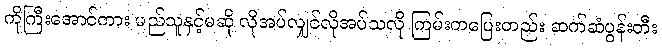
ကိုကြီးအောင်ကား မည်သူနှင့်မဆို လိုအပ်လျှင်လိုအပ်သလို ကြမ်းတပြေးတည်း ဆက်ဆံပွန်းတီး